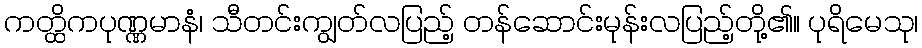
ကတ္ထိကပုဏ္ဏမာနံ၊ သီတင်းကျွတ်လပြည့် တန်ဆောင်းမုန်းလပြည့်တို့၏။ ပုရိမေသု၊